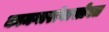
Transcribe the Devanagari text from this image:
कामगारांनासोबत